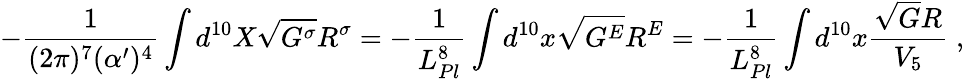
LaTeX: -\frac{1}{(2\pi)^{7}(\alpha^{\prime})^{4}}\int d^{10}X\sqrt{G^{\sigma}}R^{\sigma}=-\frac{1}{L_{Pl}^{8}}\int d^{10}x\sqrt{G^{E}}R^{E}=-\frac{1}{L_{Pl}^{8}}\int d^{10}x\frac{\sqrt{G}R}{V_{5}}\; ,